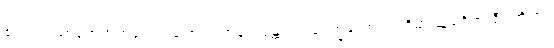
ဧဝံ ပသံသာဟေတုဘူတေ ဂုဏေ ပကာသေန္တော “ဥပေက္ခကော သတိမာ သုခဝိဟာရီ”တိ ဧဝံ